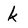
Character: k